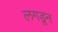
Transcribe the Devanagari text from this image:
लगडून